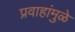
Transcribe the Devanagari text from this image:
प्रवाहांमुळे